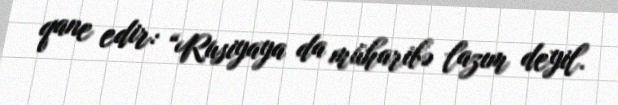
qane edir: “Rusiyaya da müharibə lazım deyil.